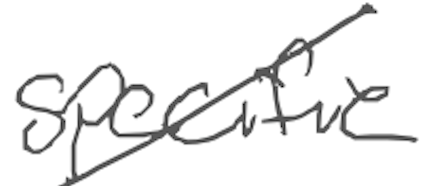
Text: specific
Cross-out: diagonal
Writing tool: digital_gray